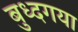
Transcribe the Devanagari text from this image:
बुध्दगया